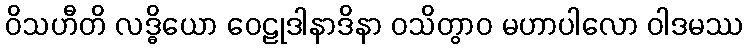
ဝိသဟီတိ လဒ္ဓိယော ဝေဠုဒါနာဒိနာ ဝသိတွာဝ မဟာပါလော ဝါဒမဿ